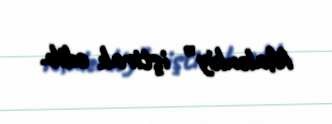
Malenkiy” iştirak edib.